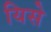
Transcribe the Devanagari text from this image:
यिसे